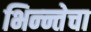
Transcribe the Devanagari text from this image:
भिन्न्तेचा